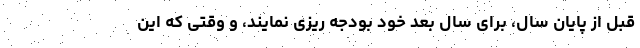
قبل از پایان سال، برای سال بعد خود بودجه ریزی نمایند، و وقتی که این